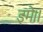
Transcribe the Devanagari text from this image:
इमे।।